Vaccination in the Punjab 1905-1918 - 1905-1918
Year: 1905
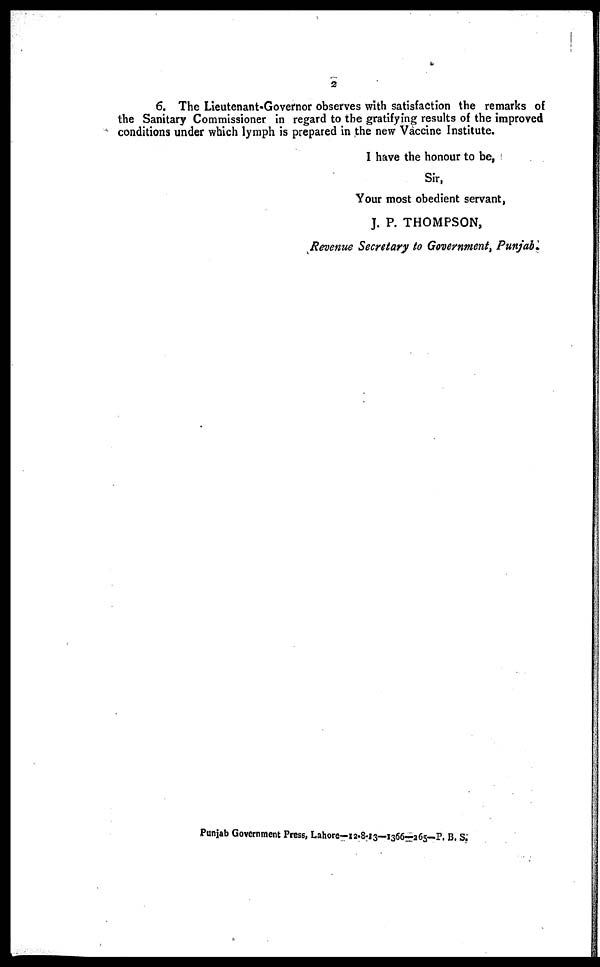
2
6. The Lieutenant-Governor observes with satisfaction the remarks of
the Sanitary Commissioner in regard to the gratifying results of the improved
conditions under which lymph is prepared in the new Vaccine Institute.
I have the honour to be,
Sir,
Your most obedient servant,
J. P. THOMPSON,
Revenue Secretary to Government, Punjab.
Punjab Government Press, Lahore—12-8-13—1366—265-P. B. S.